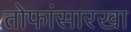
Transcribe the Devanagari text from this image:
तोफांसारखा